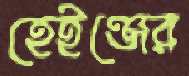
হেইঞ্জের